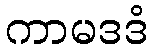
ကာမဒဒံ